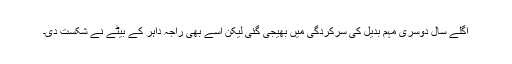
اگلے سال دوسری مہم بدیل کی سرکردگی میں بھیجی گئی لیکن اسے بھی راجہ داہر کے بیٹے نے شکست دی۔